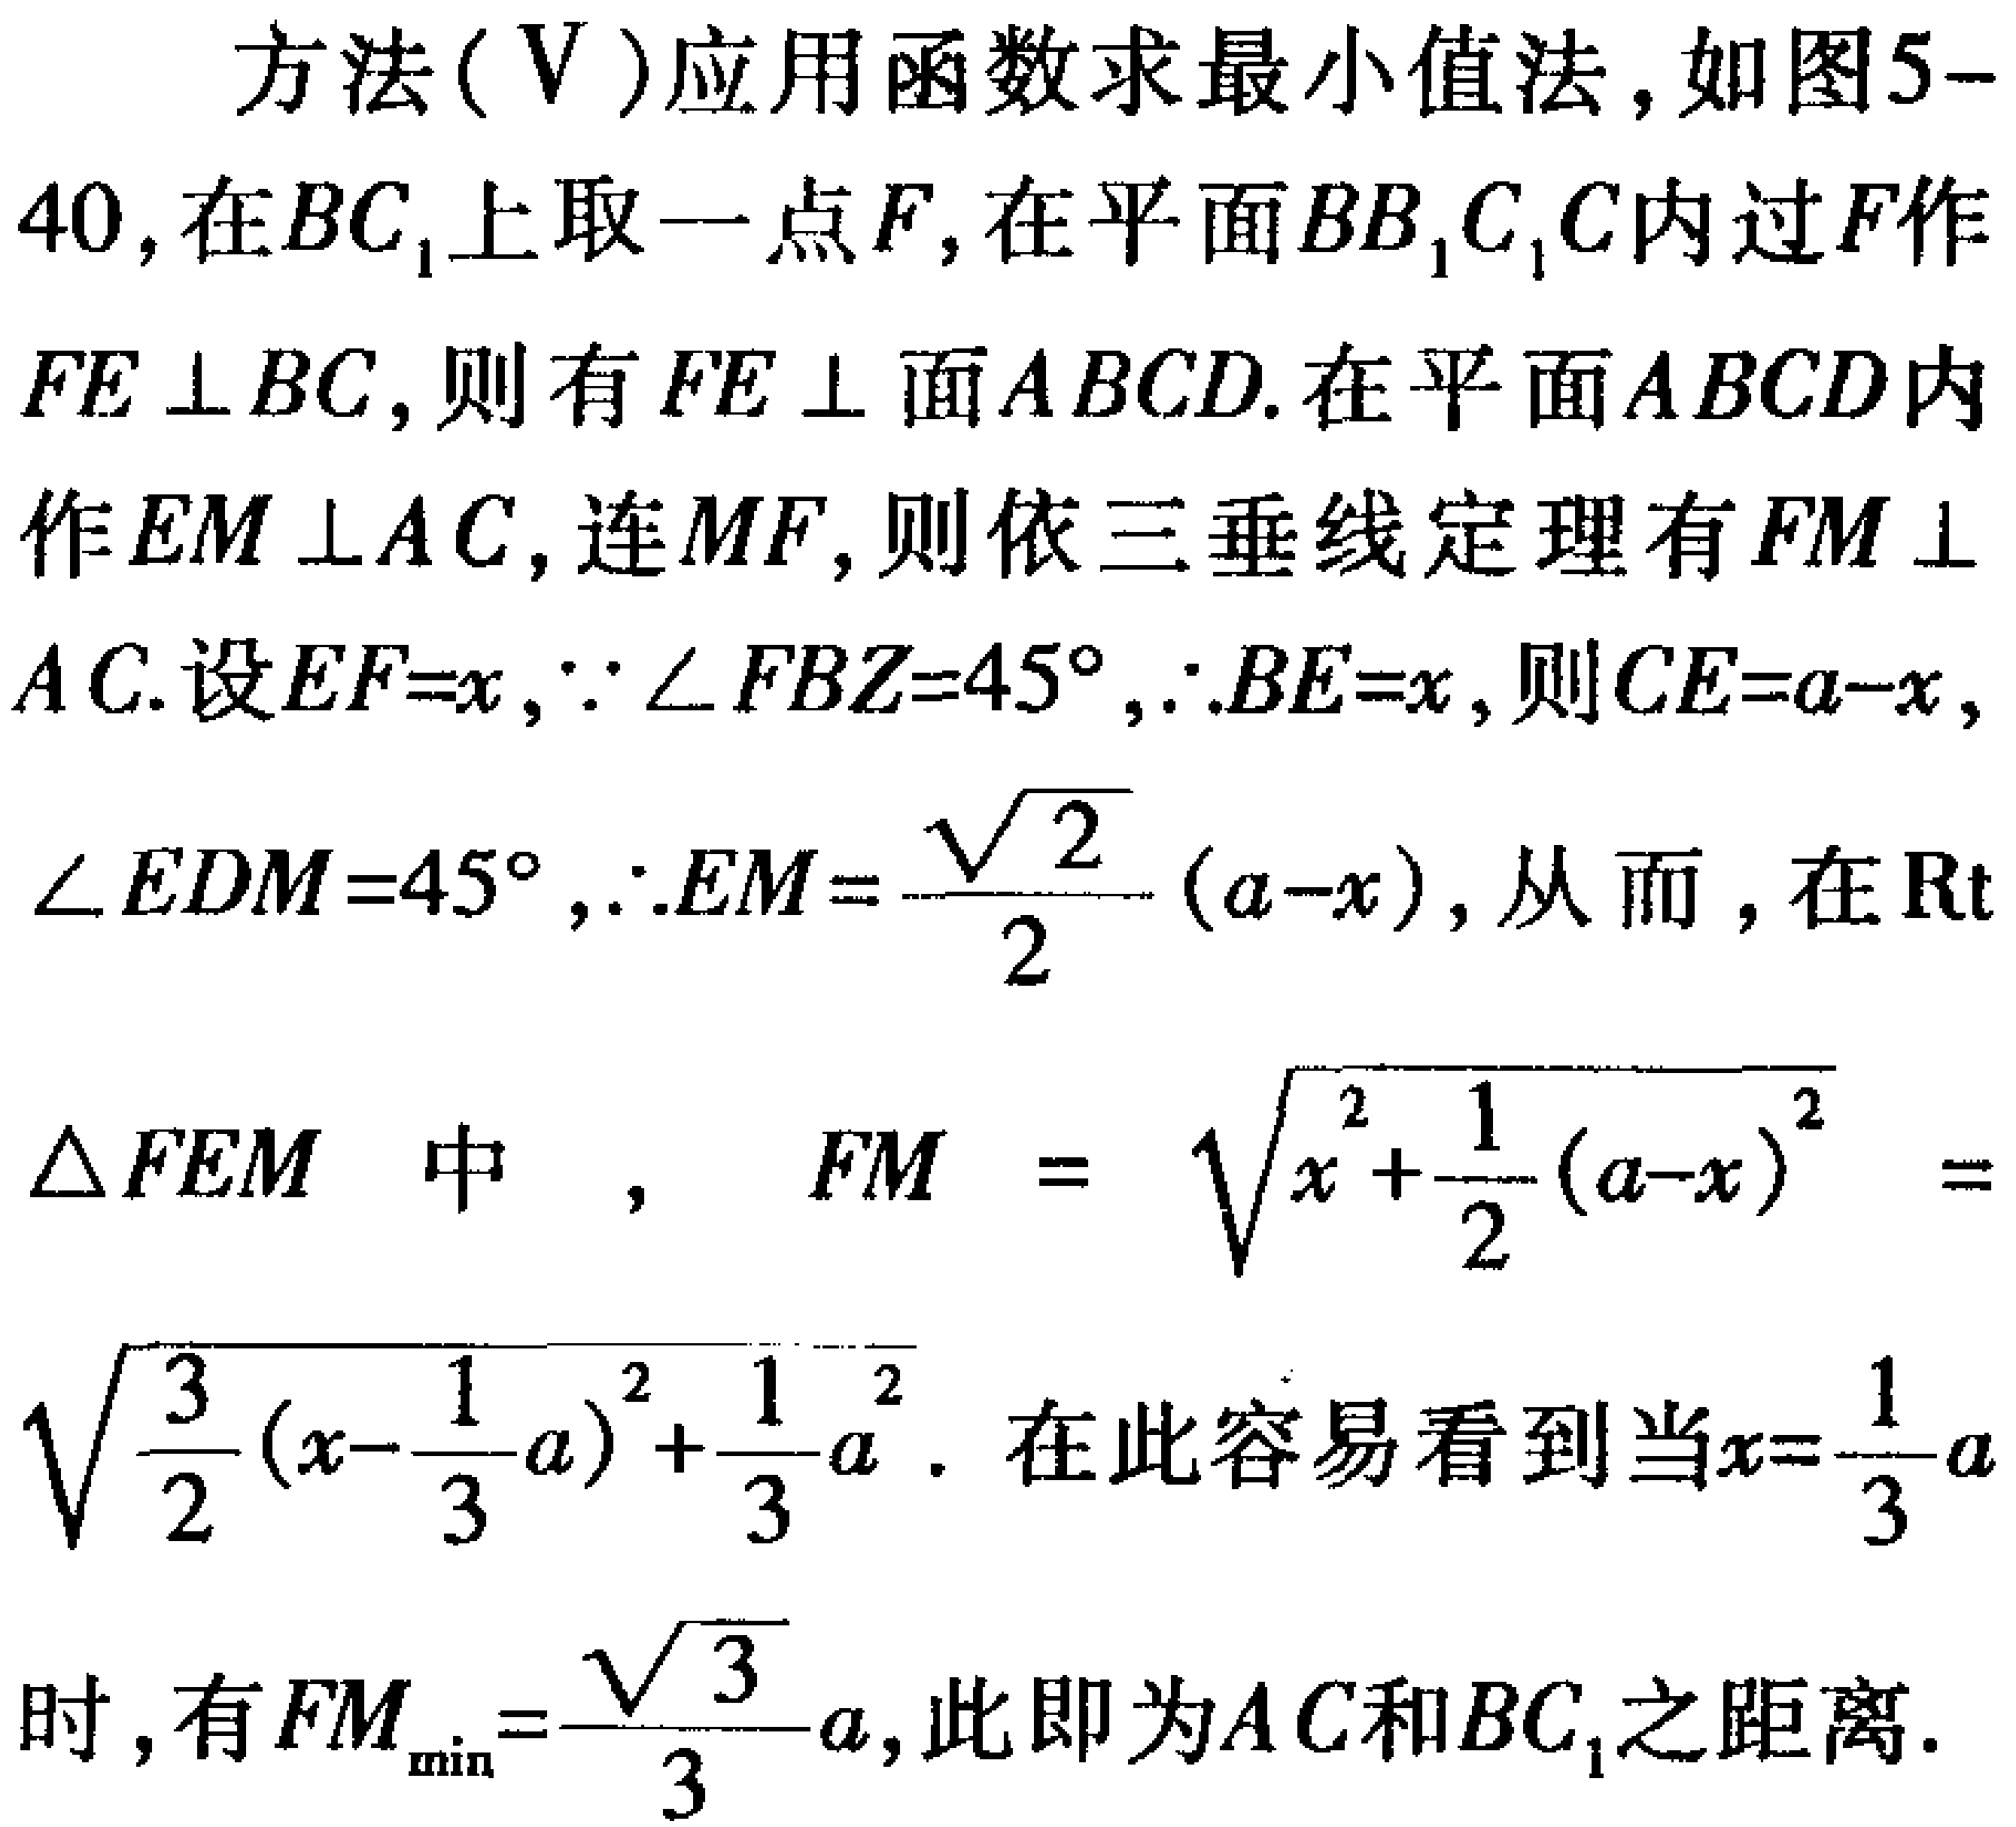
方法$(\mathrm{V})$应用函数求最小值法, 如图 5-40, 在$BC_{1}$上取一点$F$, 在平面$BB_{1}C_{1}C$内过$F$作$FE \perp BC$, 则有$FE \perp$面$ABCD$. 在平面$ABCD$内作$EM \perp AC$, 连$MF$, 则依三垂线定理有$FM \perp AC$. 设$EF = x$,$\because \angle FBZ = 45^{\circ}$,$\therefore BE = x$, 则$CE = a - x$,$\angle EDM = 45^{\circ}$,$\therefore EM=\frac{\sqrt{2}}{2}(a - x)$, 从而, 在$\mathrm{Rt}\triangle FEM$中, $FM=\sqrt{x^{2}+\frac{1}{2}(a - x)^{2}}=\sqrt{\frac{3}{2}(x-\frac{1}{3}a)^{2}+\frac{1}{3}a^{2}}$. 在此容易看到当$x = \frac{1}{3}a$时, 有$FM_{\min}=\frac{\sqrt{3}}{3}a$, 此即为$AC$和$BC_{1}$之距离.